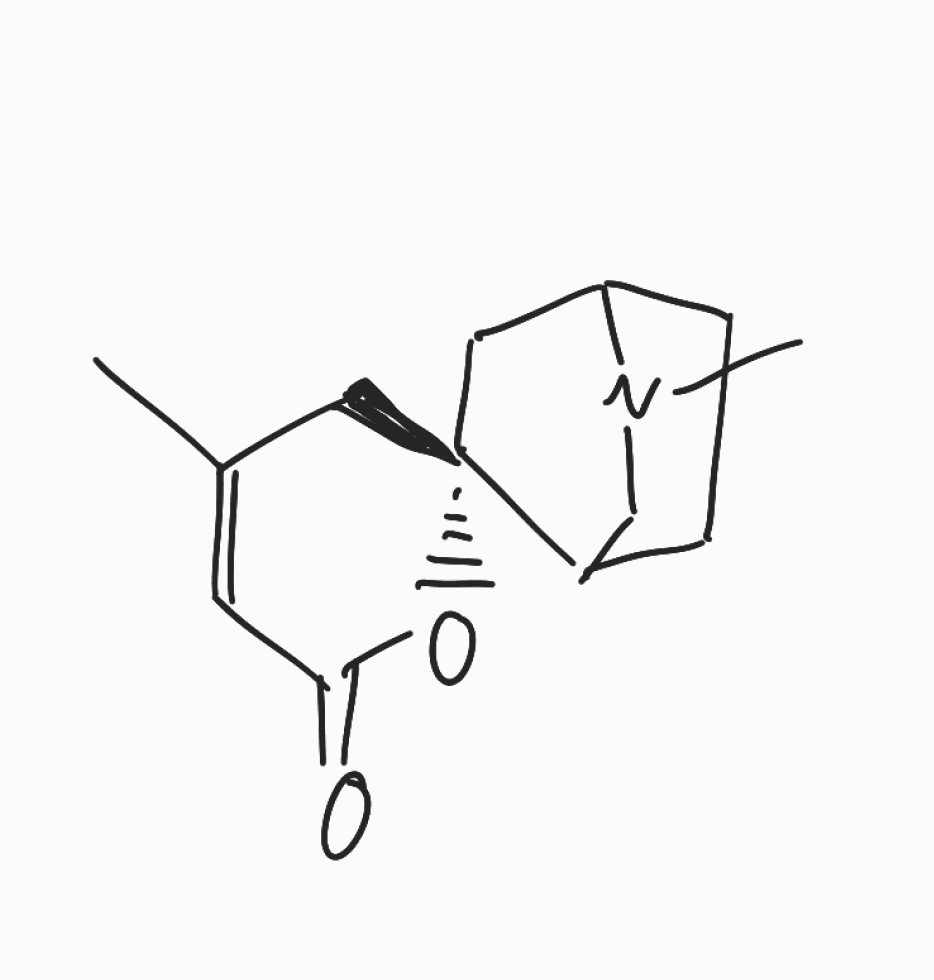
Simplified molecular-input line-entry system (SMILES) notation of the given molecule:
CC1=CC(=O)O[C@]2(C1)CC3CCC2CN3C